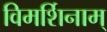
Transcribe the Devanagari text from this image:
विमर्शिनाम्